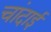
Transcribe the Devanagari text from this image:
चांदाई